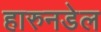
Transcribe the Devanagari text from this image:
हारुनडेल